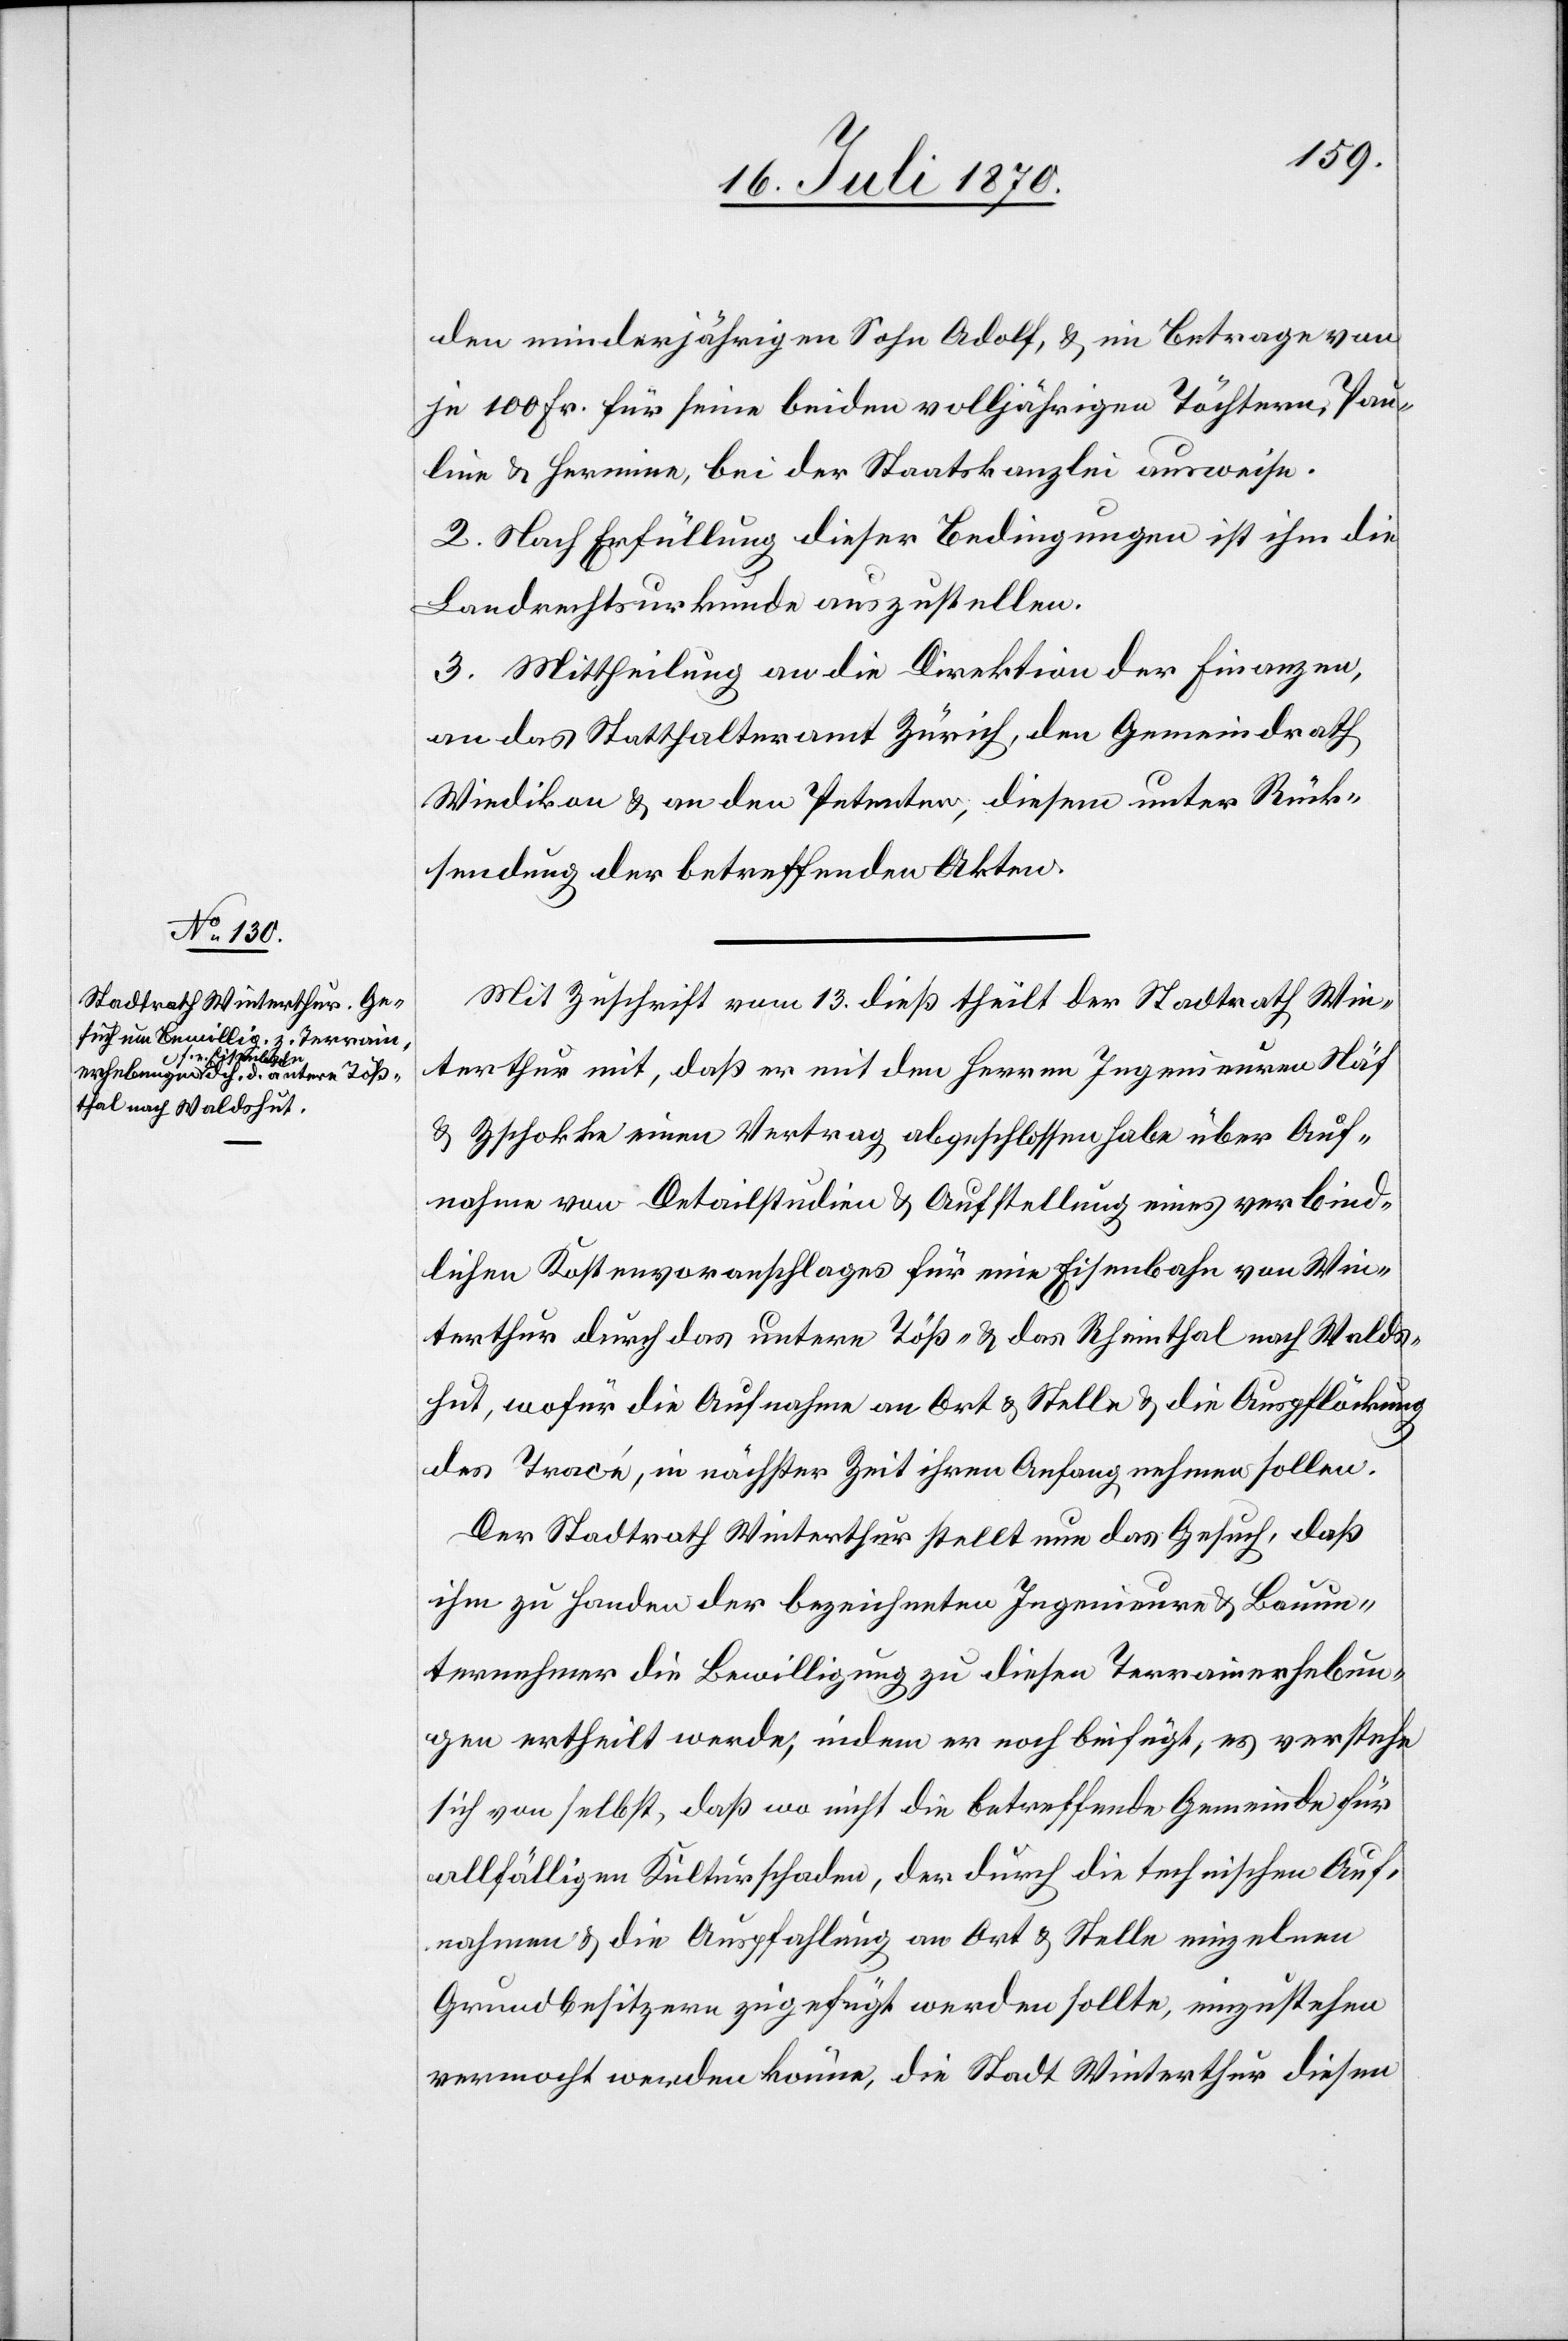
den minderjährigen Sohn Adolf, & im Betrage von
je 100 Fr. für seine beiden volljährigen Töchtern [si¬
line & Hermine, bei der Staatskanzlei ausweise.
2. Nach Erfüllung dieser Bedingungen ist ihm die
Landrechtsurkunde auszustellen.
3. Mittheilung an die Direktion der Finanzen,
an das Statthalteramt Zürich, den Gemeindrath
Wiedikon & an den Petenten, diesem unter Rück¬
sendung der betreffenden Akten.
Mit Zuschrift vom 13. dieß theilt der Stadtrath Win¬
terthur mit, daß er mit den Herren Ingenieuren Näf
& Zschokke einen Vertrag abgeschlossen habe über Auf¬
nahme von Detailstudien & Aufstellung eines verbind¬
lichen Kostenvoranschlages für eine Eisenbahn von Win¬
terthur durch das untere Töß- & das Rheinthal nach Walds¬
hut, wofür die Aufnahme an Ort & Stelle & die Auspflöckung
Pau¬
des Tracé, in nächster Zeit ihren Anfang nehmen sollen.
Der Stadtrath Winterthur stellt nun das Gesuch, daß
ihm zu Handen der bezeichneten Ingenieure & Bauun¬
ternehmer die Bewilligung zu diesen Terrainerhebun¬
gen ertheilt werde, indem er noch beifügt, es verstehe
sich von selbst, daß wo nicht die betreffende Gemeinde für
allfälligen Kulturschaden, der durch die technischen Auf¬
nahmen & die Auspfahlung an Ort & Stelle einzelnen
Grundbesitzern zugefügt werden sollte, einzustehen
vermocht werden könne, die Stadt Winterthur diesen